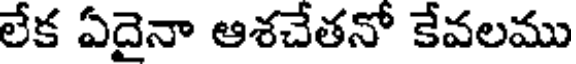
లేక ఏదైనా ఆశచేతనో కేవలము